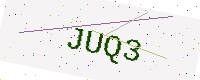
Text: JUQ3